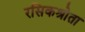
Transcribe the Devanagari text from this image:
रसिकश्रोता